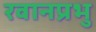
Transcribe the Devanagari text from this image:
रवानप्रभु